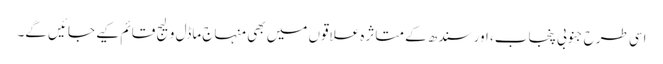
اسی طرح جنوبی پنجاب، اور سندھ کے متاثرہ علاقوں میں بھی منہاج ماڈل ولیج قائم کیے جائیں گے۔